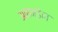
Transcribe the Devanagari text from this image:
अनन्डेल